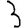
Digit: 3